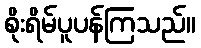
စိုးရိမ်ပူပန်ကြသည်။